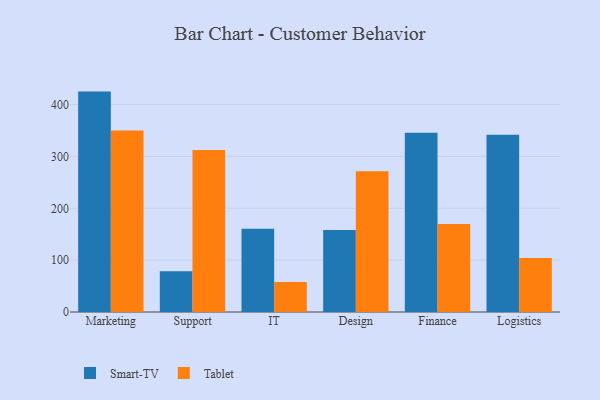
{"axis": {"x": "Department", "y": "Market Share (%)"}, "legend": ["Smart-TV", "Tablet"], "data": [{"x": "Marketing", "y": 425.1, "type": "Smart-TV"}, {"x": "Marketing", "y": 350.1, "type": "Tablet"}, {"x": "Support", "y": 78.5, "type": "Smart-TV"}, {"x": "Support", "y": 312.4, "type": "Tablet"}, {"x": "IT", "y": 160.6, "type": "Smart-TV"}, {"x": "IT", "y": 57.9, "type": "Tablet"}, {"x": "Design", "y": 158.3, "type": "Smart-TV"}, {"x": "Design", "y": 271.6, "type": "Tablet"}, {"x": "Finance", "y": 345.9, "type": "Smart-TV"}, {"x": "Finance", "y": 169.9, "type": "Tablet"}, {"x": "Logistics", "y": 342.0, "type": "Smart-TV"}, {"x": "Logistics", "y": 104.1, "type": "Tablet"}]}